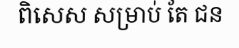
ពិសេស សម្រាប់ តែ ជន